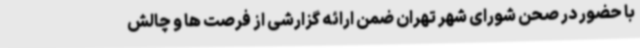
با حضور در صحن شورای شهر تهران ضمن ارائه گزارشی از فرصت ها و چالش